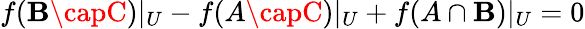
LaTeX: f(\mathbf{B}\capC)|_{U}-f(A\capC)|_{U}+f(A\cap\mathbf{B})|_{U}=0